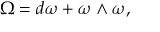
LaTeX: \, \Omega = d \omega + \omega \wedge \omega ,